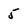
Character: 5